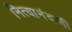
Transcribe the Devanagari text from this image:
नित्यानंदजी